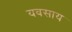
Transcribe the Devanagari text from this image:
यवसाय